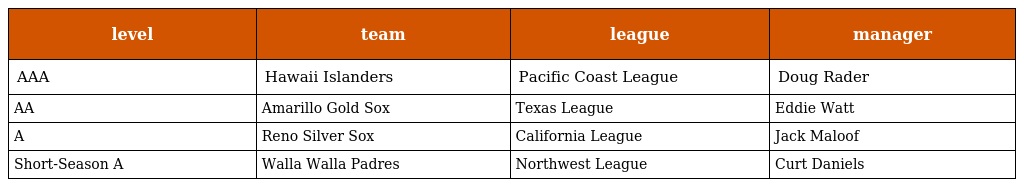
| level | team | league | manager |
 | --- | --- | --- | --- |
 | AAA | Hawaii Islanders | Pacific Coast League | Doug Rader |
 | AA | Amarillo Gold Sox | Texas League | Eddie Watt |
 | A | Reno Silver Sox | California League | Jack Maloof |
 | Short-Season A | Walla Walla Padres | Northwest League | Curt Daniels |